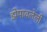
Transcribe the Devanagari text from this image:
झेपावलेली